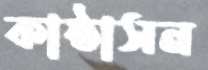
কাষ্ঠাসন